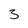
Character: 3